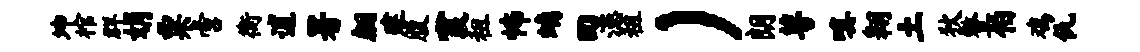
坤棺群娟粟啻衡逋署翩建腹霞租怖螭回漶租）朗萼嗔翱土狄整伯鸡仇